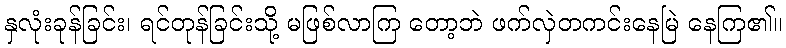
နှလုံးခုန်ခြင်း၊ ရင်တုန်ခြင်းသို့ မဖြစ်လာကြ တော့ဘဲ ဖက်လှဲတကင်းနေမြဲ နေကြ၏။